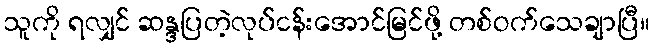
သူကို ရလျှင် ဆန္ဒပြတဲ့လုပ်ငန်းအောင်မြင်ဖို့ တစ်ဝက်သေချာပြီ။